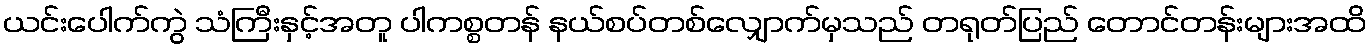
ယင်းပေါက်ကွဲ သံကြီးနှင့်အတူ ပါကစ္စတန် နယ်စပ်တစ်လျှောက်မှသည် တရုတ်ပြည် တောင်တန်းများအထိ